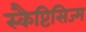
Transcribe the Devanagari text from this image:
स्कैप्टिसिज्म